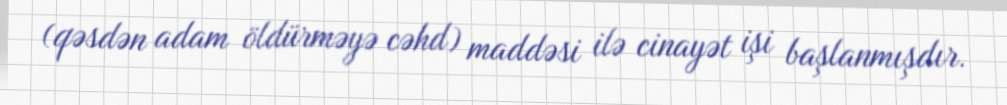
(qəsdən adam öldürməyə cəhd) maddəsi ilə cinayət işi başlanmışdır.